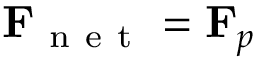
\mathbf { F } _ { \mathrm { ~ n ~ e ~ t ~ } } = \mathbf { F } _ { p }